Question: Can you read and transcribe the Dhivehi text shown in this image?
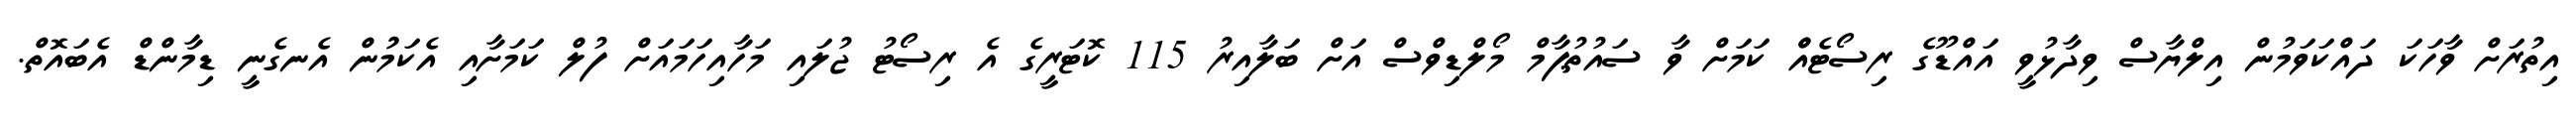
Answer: އިތުރަށް ވާހަކަ ދައްކަވަމުން އިލްޔާސް ވިދާޅުވީ އައްޑޫގެ ރިސޯޓެއްް ކަމަށް ވާ ސައުތުޕާމް މޯލްޑިވްސް އަށް ބަލާއިރު 115 ކޮޓަރީގެ އެ ރިސޯޓު ޖުލައި މަހާއިހަމައަށް ފުލް ކަމަށާއި އެކަމުުން އެނގެނީ ޑިމާންޑް އެބައޮތް.